Black-water fever - Number 35
Disease focus: Fever
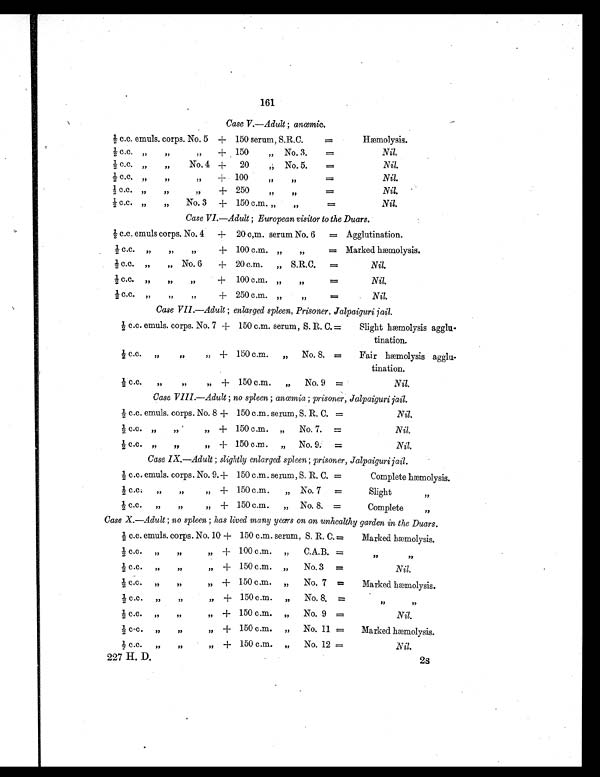
161
Case V.—Adult ; ancemic.
½ c.c. emuls. corps. No. 5 + 150 serum, S.R.C.
Hæmolysis.
½ c.c.
„
,, ,,
+ 150 ,, No. 3.
=
Nil.
½ c c . • , ,No. 4
+ 20
,, No. 5.
=
Nil.
½ c.c. ,, ,, ,,
+
100
,, ,,
=
Nil.
½ c. c. ,, ,, ,,
+
250
,, , ,
=
Nil.
½ c.c. „ „ No. 3
+ 150 c.m. „
,,
=
Nil.
Case VI.—Adult ; European visitor to the Duars.
½ c.c. emuls corps. No. 4 + 20 c,m. serum No. 6
= Agglutination.
½ c.c. ,, ,, ,,
+ 100 c.m. „
,,
= Marked hæmolysis.
½ C.C. „ No. 6
+ 20 c.m.
„ S.R.C.
=
Nil.
½ c.c. „,,
,,
+ 100 c.m. „
,,
=
Nil.
½ c.c. ,, ,, ,,
+ 250 c.m. „
,,
=
Nil.
Case VII.—Adult ; enlarged spleen, Prisoner, Jalpaiguri jail.
½ c.c. emuls. corps. No. 7 + 150 c.m. serum, S. R. C. =
Slight hæmolysis agglu-
tination.
½ C.c. „ ,, „
+
150 c.m.
„
No. 8. =
Fair hæmolysis agglu-
tination.
½ c.c. ,, ,, ,,
+
150 c.m.
,,
No. 9 =
Nil.
Case VIII.—Adult ; no spleen; anemia ; prisoner, Jalpaiguri jail.
½ c.c. emuls. corps. No. 8 + 150 c.m. serum, S. R. C. =
Nil.
½ c. c.
,,
,,
, ,
+ 150 c.m. „
No. 7. =
Nil.
½ c.c.
,,
,,
, ,
+ 150 c.m. „ No. 9. =
Nil.
Case IX.—Adult ; slightly enlarged spleen; prisoner, Jalpaiguri jail.
½ c.c. emuls. corps. No. 9. + 150 c.m. serum, S. R. C. =
Complete hæmolysis.
½ c c.
„
,, ,,
+ 150 c.m.
„ No. 7 =
Slight
,,
½ c.c.
, , ,, ,,
+ 150 c.m.
„ No. 8. =
Complete
,,
Case X.—Adult ; no spleen ; has lived many years on an unhealthy garden in the Duars.
½ c.c. emuls. corps. No. 10 + 150 c.m. serum, S. R. C. =
Marked hæmolysis.
½ c.c. ,, ,, ,,
+ 100 c.m. „
C.A.B. =
,,
, ,
½ c.c.
„
,,
,,
+ 150 c.m. „
No. 3 =
Nil.
½ c . c . ,, ,, ,,
+ 150 c.m. ,,
No. 7 =
Marked hæmolysis
½ c.c.
„
,, ,,
+ 150 c.m. „
No. 8, =
,,
, ,
½ c.c. „ ,, „
+ 150 c.m. „
No. 9 =
Nil.
½ c.c.
,,
,,
, ,
+ 150 c.m. „ No. 11 =
Marked hæmolysis.
½ C.C.
,, ,,
+ 150 c.m. „
No. 12 =
Nil.
227 H. D.
2s